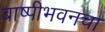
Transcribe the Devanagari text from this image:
बाष्पीभवनचा